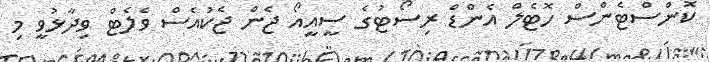
ކޮންސްޓެންސް ހޮޓެލް އެންޑް ރިސޯޓުގެ ސީއީއޯ ޖެން ޖެކުއެސް ވެލެޓް ވިދާޅުވީ މި